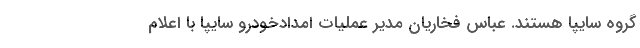
گروه سایپا هستند. عباس فخاریان مدیر عملیات امدادخودرو سایپا با اعلام